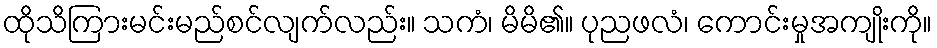
ထိုသိကြားမင်းမည်စင်လျက်လည်း။ သကံ၊ မိမိ၏။ ပုညဖလံ၊ ကောင်းမှုအကျိုးကို။